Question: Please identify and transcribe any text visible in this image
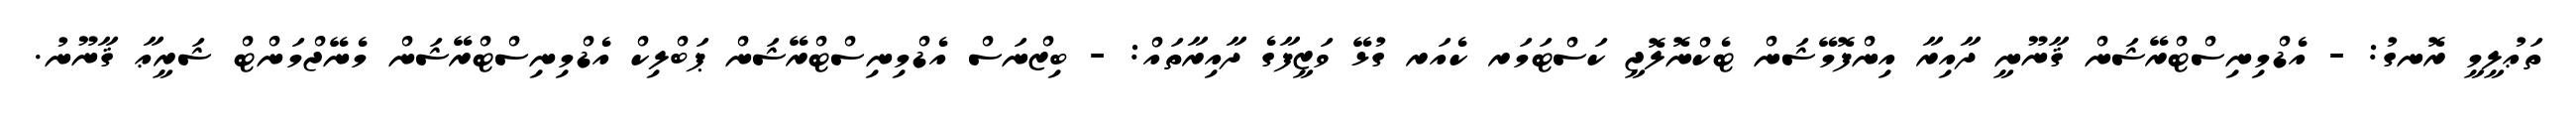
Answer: ތަޢުލީމީ ރޮނގު: - އެޑްމިނިސްޓްރޭޝަން ޤާނޫނީ ދާއިރާ އިންފޮމޭޝަން ޓެކްނޮލޮޖީ ކަސްޓަމަރ ކެއަރ ގުޅޭ ވަޒީފާގެ ދާއިރާތައް: - ބިޒްނަސް އެޑްމިނިސްޓްރޭޝަން ޕަބްލިކް އެޑްމިނިސްޓްރޭޝަން މެނޭޖްމަންޓް ޝަރީޢާ ޤާނޫނު.